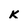
Character: k